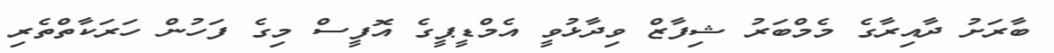
ބާރަށު ދާއިރާގެ މެމްބަރު ޝިފާޒް ވިދާޅުވީ އެމްޑީޕީގެ އޮފީސް މިގެ ފަހުން ހަރަކާތްތެރި